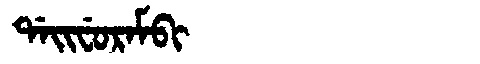
Manchu: ᡩᠠᡳᠸᡠᡵᠠᠮᠪᡳ
Romanization: DAIFURAMBI